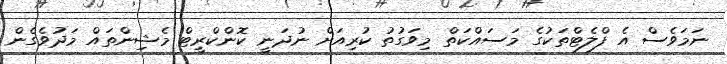
ނަމަވެސް އެ ފްލެޓްތަކުގެ މަސައްކަތް މިވަގުތު ކުރިއަށް ނުދަނީ ކޮންކްރީޓް މެޝިންތައް މަދުވެގެން